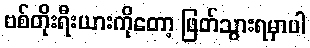
ဗစ်တိုးရီးယားကိုတော့ ဖြတ်သွားရမှာပါ